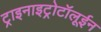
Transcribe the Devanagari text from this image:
ट्राइनाइट्रोटॉलूईन